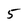
Character: 5